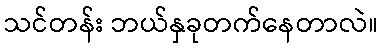
သင်တန်း ဘယ်နှခုတက်နေတာလဲ။